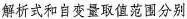
解析式和自变量取值范围分别